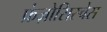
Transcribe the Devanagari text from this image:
फ्रंज़ोसिस्चेस